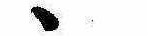
ゝ